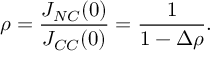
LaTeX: \rho = \frac { J _ { N C } ( 0 ) } { J _ { C C } ( 0 ) } = \frac { 1 } { 1 - \Delta \rho } .